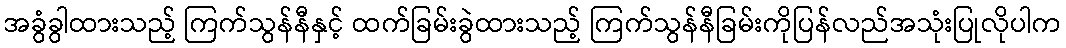
အခွံခွါထားသည့် ကြက်သွန်နီနှင့် ထက်ခြမ်းခွဲထားသည့် ကြက်သွန်နီခြမ်းကိုပြန်လည်အသုံးပြုလိုပါက